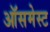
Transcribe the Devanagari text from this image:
ऑसमेस्ट